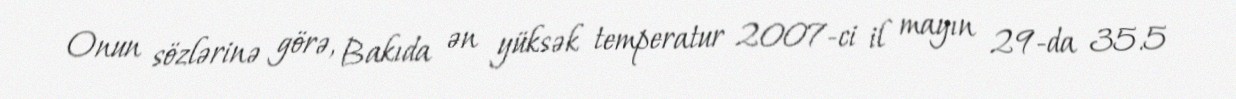
Onun sözlərinə görə, Bakıda ən yüksək temperatur 2007-ci il mayın 29-da 35.5